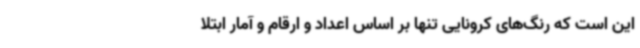
این است که رنگ‌های کرونایی تنها بر اساس اعداد و ارقام و آمار ابتلا